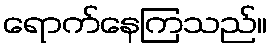
ရောက်နေကြသည်။